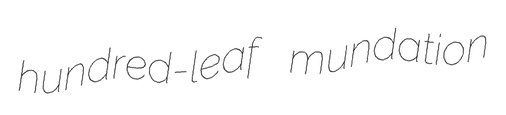
hundred-leaf mundation